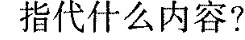
指代什么内容?